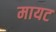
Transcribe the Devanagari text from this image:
मायट